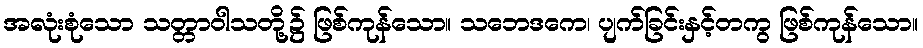
အလုံးစုံသော သတ္တာဝါသတို့၌ ဖြစ်ကုန်သော။ သဘေဒကေ၊ ပျက်ခြင်းနှင့်တကွ ဖြစ်ကုန်သော။